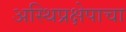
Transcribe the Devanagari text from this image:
अस्थिप्रक्षेपाचा